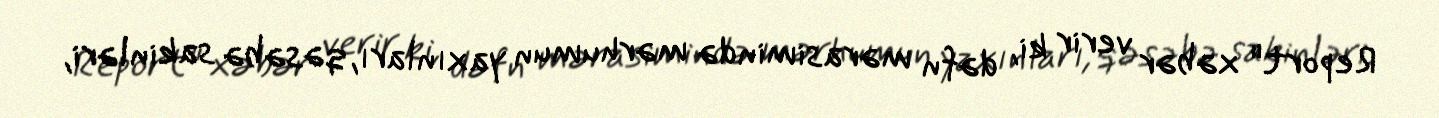
Report" xəbər verir ki, dəfn mərasimində mərhumun yaxınları, qəsəbə sakinləri,